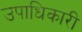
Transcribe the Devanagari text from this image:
उपाधिकारी